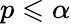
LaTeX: p\leqslant\alpha